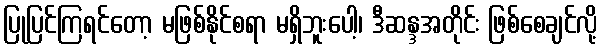
ပြုပြင်ကြရင်တော့ မဖြစ်နိုင်စရာ မရှိဘူးပေါ့၊ ဒီဆန္ဒအတိုင်း ဖြစ်စေချင်လို့